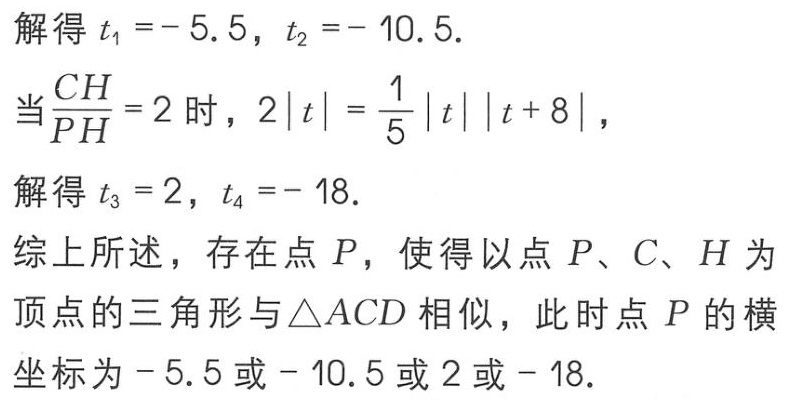
解得 \(t_1 = - 5.5\)，\(t_2 = - 10.5\).
当\(\frac{CH}{PH}=2\) 时，\(2|t|=\frac{1}{5}|t||t + 8|\)，
解得 \(t_3 = 2\)，\(t_4 = - 18\).
综上所述，存在点 \(P\)，使得以点 \(P\)、\(C\)、\(H\) 为顶点的三角形与\(\triangle ACD\)相似，此时点 \(P\) 的横坐标为\(- 5.5\)或\(- 10.5\)或\(2\)或\(- 18\).